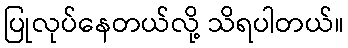
ပြုလုပ်နေတယ်လို့ သိရပါတယ်။